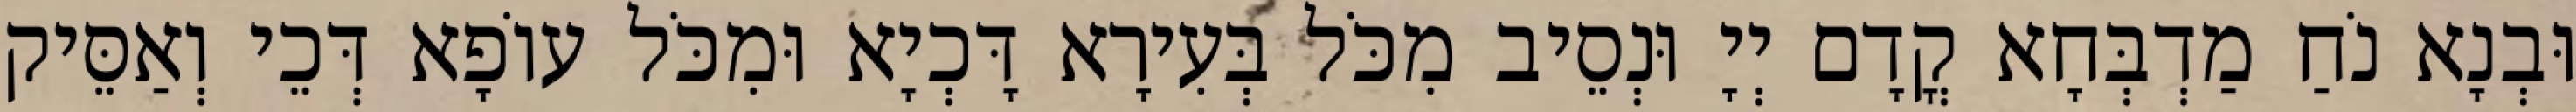
וּבְנָא נֹחַ מַדְבְּחָא קֳדָם יְיָ וּנְסֵיב מִכֹּל בְּעִירָא דָּכְיָא וּמִכֹּל עוֹפָא דְּכֵי וְאַסֵּיק